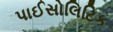
પાઈસોલિટિક